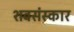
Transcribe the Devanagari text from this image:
शवसंस्कार